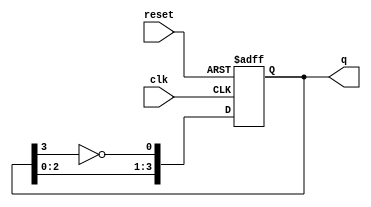
module johnson_gray_counter (
    input wire clk, // Clock input
    input wire reset, // Reset input
    output reg [3:0] q // Gray code output
);

reg [3:0] d;

always @(posedge clk or posedge reset) begin
    if (reset) begin
        d <= 4'b0001; // Initial value
    end else begin
        d <= {d[2], d[1], d[0], ~d[3]}; // Gray code sequence logic
    end
end

assign q = d;

endmodule